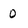
Character: 0